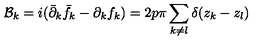
{ \cal B } _ { k } = i ( { \bar { \partial } _ { k } } { \bar { f } } _ { k } - { \partial } _ { k } f _ { k } ) = 2 p \pi \sum _ { k \neq l } \delta ( z _ { k } - z _ { l } )